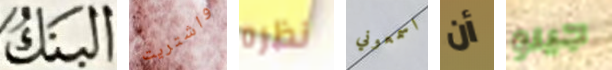
البنك واشتريت نظره اسمعوني أن جينو